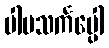
ပါပသင်္ကပ္ပေါ